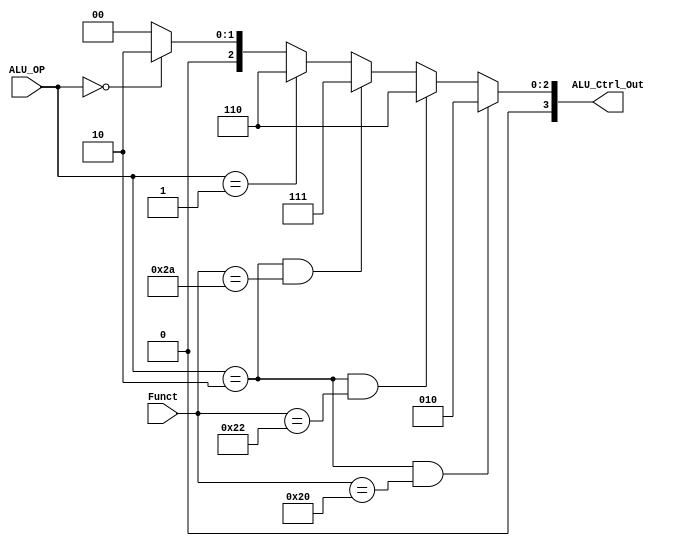
`timescale 1ns / 1ps

module ALU_ctrl(Funct, ALU_OP, ALU_Ctrl_Out);

    input [5:0] Funct;
	input [1:0] ALU_OP;
    output [3:0] ALU_Ctrl_Out;
	
	////  ALUOP  ////   ////  Function  ////
	//  R-type 10  //   //   add 100000   //
	//  beq    01  //   //   sub 100010   //
	//  else   00  //   //   slt 101010   //
	/////////////////   ////////////////////
	
	///  ALUOP  Function  ALU_Ctrl  ///
	//    10     000000     0000     //
	//    10     100000     0010     //
	//    10     100010     0110     //
	//    10     101010     0111     //
	//    01     XXXXXX     0110     //
	//    00     XXXXXX     0010     //
	///////////////////////////////////
	
	/* add your code here */
	assign ALU_Ctrl_Out = (ALU_OP == 2'b10 && Funct == 6'b100000)? 4'b0010 :
			      (ALU_OP == 2'b10 && Funct == 6'b100010)? 4'b0110 :
			      (ALU_OP == 2'b10 && Funct == 6'b101010)? 4'b0111 :
			      (ALU_OP == 2'b01)? 4'b0110 :
			      (ALU_OP == 2'b00)? 4'b0010 : 4'b0000;
endmodule